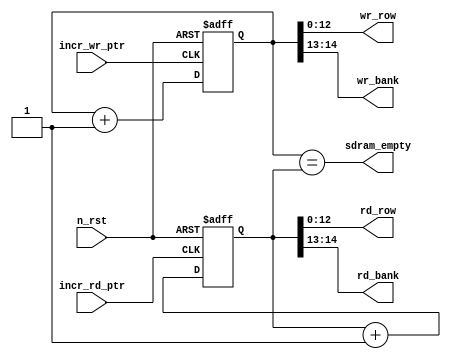
module pointers (
	input incr_wr_ptr,
	input incr_rd_ptr,
	input n_rst,
	output [12:0] wr_row,
	output [1:0] wr_bank,
	output [12:0] rd_row,
	output [1:0] rd_bank,
	output sdram_empty
);


`define WR_BANK	wr_ptr[14:13] 
`define WR_ROW		wr_ptr[12:0]

`define RD_BANK	rd_ptr[14:13]
`define RD_ROW		rd_ptr[12:0]

reg[14:0] wr_ptr;
reg[14:0] rd_ptr;

assign wr_row = `WR_ROW;
assign wr_bank = `WR_BANK;

assign rd_row = `RD_ROW;
assign rd_bank = `RD_BANK;

assign sdram_empty = (wr_ptr == rd_ptr);

always@(posedge incr_wr_ptr or negedge n_rst)
begin
	if(n_rst == 0)
		begin
			wr_ptr = 0;
		end
	else
		begin
			wr_ptr = wr_ptr + 1;
		end
end


always@(posedge incr_rd_ptr or negedge n_rst)
begin
	if(n_rst == 0)
		begin
			rd_ptr = 0;
		end
	else
		begin
			rd_ptr = rd_ptr + 1;
		end
end


endmodule